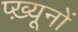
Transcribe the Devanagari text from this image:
प्ख़्यूनों